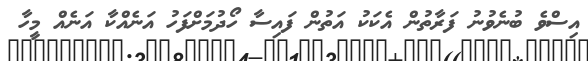
އިސްވެ ބުނެވުނު ފަރާތުން އެކަކު އަތުން ފައިސާ ހޯދުމަށްފަހު އަނެއްކާ އަނެއް މީހާ